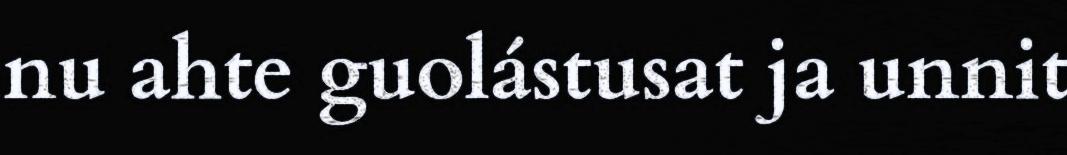
nu ahte guolástusat ja unnit